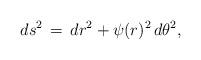
LaTeX: \begin{align*}ds^2 \,=\, d r^2+\psi(r)^2 \, d\theta^2,\end{align*}